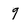
Character: 9